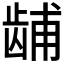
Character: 𫜫